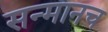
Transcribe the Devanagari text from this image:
सन्मानच